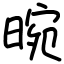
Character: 晼